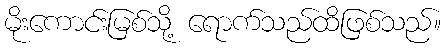
မိုးကောင်းမြစ်သို့ ရောက်သည်ထိဖြစ်သည်။